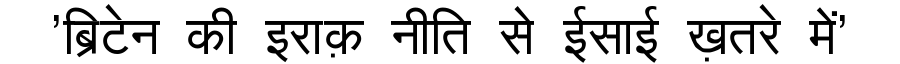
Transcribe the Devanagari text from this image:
'ब्रिटेन की इराक़ नीति से ईसाई ख़तरे में'